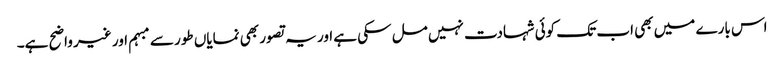
اس بارے میں بھی اب تک کوئی شہادت نہیں مل سکی ہے اور یہ تصور بھی نمایاں طور سے مبہم اور غیر واضح ہے۔